Annual report of the Bengal Veterinary College and of the Civil Veterinary Department, Bengal, for the year 1920-21 - 1920-1921
Year: 1920
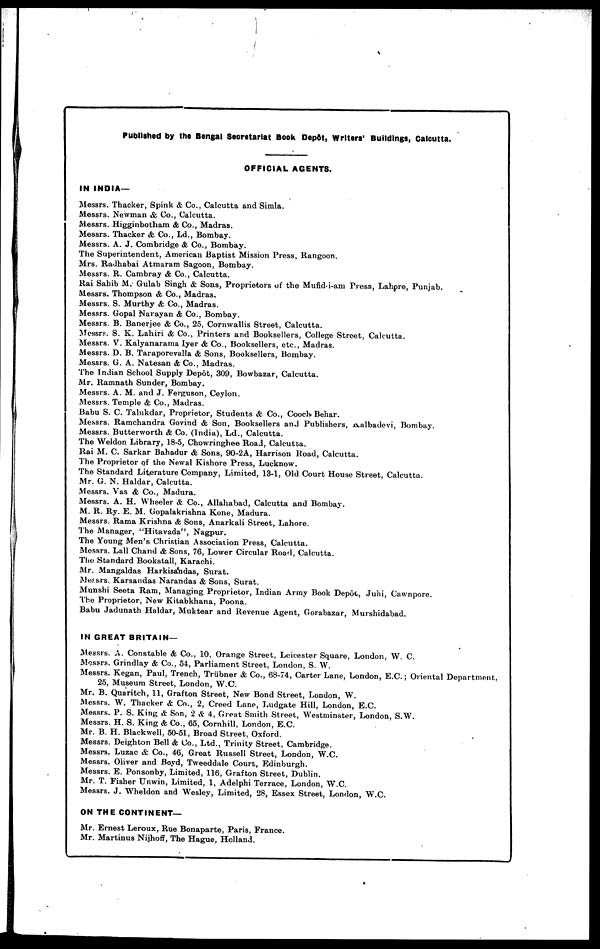
Published by the Bengal Secretariat Book Dep6t, Writers' Buildings, Calcutta.
OFFICIAL AGENTS.
IN INDIA—
Messrs. Thacker, Spink & Co., Calcutta and Simla.
Messrs. Newman & Co., Calcutta.
Messrs. Higginbotham & Co., Madras.
Messrs. Thacker & Co., Ld., Bombay.
Messrs. A. J. Combridge & Co., Bombay.
The Superintendent, American Baptist Mission Press, Rangoon.
Mrs. Radhabai Atrnaram Sagoon, Bombay.
Messrs. R. Cambray & Co., Calcutta.
Rai Sahib M. Gulab Singh & Sons, Proprietors of the Mufid-i-am Press, Lahore, Punjab.
Messrs. Thompson & Co., Madras.
Messrs. S. Murthy & Co., Madras.
Messrs. Gopal Narayan & Co., Bombay.
Messrs. B. Banerjee & Co., 25, Cornwallis Street, Calcutta.
Messrs. S. K. Lahiri & Co., Printers and Booksellers, College Street, Calcutta.
Messrs. V. Kalyanarama Iyer & Co., Booksellers, etc., Madras.
Messrs. D. B. Taraporevalla & Sons, Booksellers, Bombay.
Messrs. G. A. Natesan & Co., Madras.
The Indian School Supply Depot, 309, Bowbazar, Calcutta.
Mr. Ramnath Sunder, Bombay.
Messrs. A. M. and J. Ferguson, Ceylon.
Messrs. Temple & Co., Madras.
Babu S. C. Talukdar, Proprietor, Students & Co., Coach- Behar.
Messrs. Ramchandra Govind & Son, Booksellers and Publishers, Ralbadevi, Bombay.
Messrs. Butterworth & Co. (India), Ld., Calcutta.
The Weldon Library, 18-5, Chowringhee Road, Calcutta.
Rai M. C. Sarkar Bahadur & Sons, 90-2A, Harrison Road, Calcutta.
The Proprietor of the Newal Kishore Press, Lucknow.
The Standard Literature Company, Limited, 13-1, Old Court House Street, Calcutta.
Mr. G. N. Haldar, Calcutta.
Messrs. Vas & Co., Madura.
Messrs. A. H. Wheeler & Co., Allahabad, Calcutta and Bombay.
M. R. Ry. E. M. Gopalakrishna Kone, Madura.
Messrs. Rama Krishna & Sons, Anarkali Street, Lahore.
The Manager, "Hitavada", Nagpur.
The Young Men's Christian Association Press, Calcutta.
Messrs. Lall Chand & Sons, 76, Lower Circular Road, Calcutta.
The Standard Bookstall, Karachi.
Mr. Mangaldas Harkisandas, Surat.
Messrs. Karsandas Narandas & Sons, Surat.
Munshi Seeta Ram, Managing Proprietor, Indian Army Book Depôt, Juhi, Cawnpore.
The Proprietor, New Kitabkhana, Poona.
Babu Jadunath Haldar, Muktear and Revenue Agent, Gorabazar, Murshidabad.
IN GREAT BRITAIN—
Messrs. A. Constable & Co., 10, Orange Street, Leicester Square, London, W. C.
Messrs. Grindlay & Co., 54, Parliament Street, London, S. W.
Messrs. Kegan, Paul, Trench, Trübner & Co., 68-74, Carter Lane, London, E.C.; Oriental Department.
25, Museum Street, London, W.C.
Mr. B. Quaritch, 11, Grafton Street, New Bond Street, London, W.
Messrs. W. Thacker & Co., 2, Creed Lane, Ludgate Hill, London, E.C.
Messrs. P. S. King & Son, 2 & 4, Great Smith Street, Westminster, London, S.W.
Messrs. H. S. King & Co., 65, Cornhill, London, E.C.
Mr. B. H. Blackwell, 50-51, Broad Street, Oxford.
Messrs. Deighton Bell & Co., Ltd., Trinity Street, Cambridge.
Messrs. Luzac & Co., 46, Great Russell Street, London, W.C.
Messrs. Oliver and Boyd, Tweeddale Court, Edinburgh.
Messrs. E. Ponsonby, Limited, 116, Grafton Street, Dublin.
Mr. T. Fisher Unwin, Limited, 1, Adelphi Terrace, London, W.C.
Messrs. J. Wheldon and Wesley, Limited, 28, Essex Street, London, W.C.
ON THE CONTINENT—
Mr. Ernest Leroux,. Rue Bonaparte, Paris, France.
Mr. Martinus Nijhoff, The Hague, Holland.